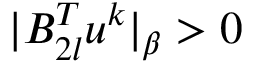
| B _ { 2 l } ^ { T } u ^ { k } | _ { \beta } > 0